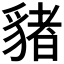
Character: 𧳯